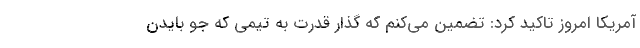
آمریکا امروز تاکید کرد: تضمین می‌کنم که گذار قدرت به تیمی که جو بایدن